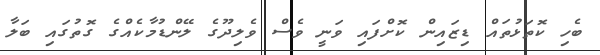
ބެހި ކޮތަޅުތައް ޑިޒައިން ކޮށްފައި ވަނީ ވެސް ވެލިދޫގެ ލޭންޑުމާކެއްގެ ގޮތުގައި ބަލާ